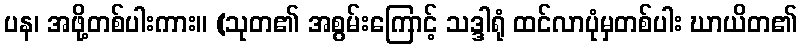
ပန၊ အဖို့တစ်ပါးကား။ (သုတ၏ အစွမ်းကြောင့် သဒ္ဒါရုံ ထင်လာပုံမှတစ်ပါး ဃာယိတ၏